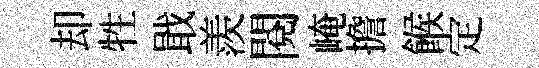
却牲戢羨閱崦擔餱定